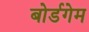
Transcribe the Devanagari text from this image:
बोर्डगेम